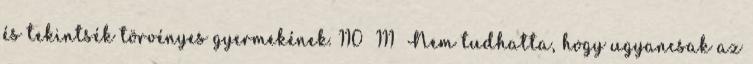
és tekintsék törvényes gyermekének. 110 111 Nem tudhatta, hogy ugyancsak az